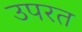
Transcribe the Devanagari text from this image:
उपरत